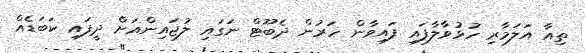
ތިއާ އަލަމާރި ހުޅުވާލާފައި ފައިވާން ހަރުން ދެބޫޓް ނަގައި ލުޖައިންއަށް ދީފައި ކަބަޑެއް